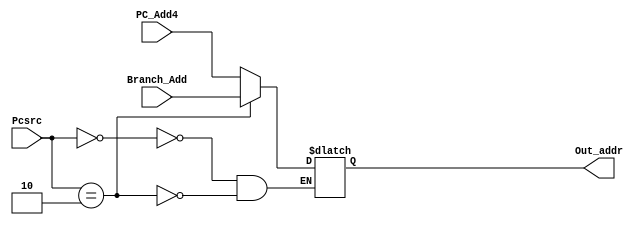
//module MUX4X32(Pcsrc, PC_Add4, Ext_addr, J_addr, Out_addr);
module MUX4X32(Pcsrc, PC_Add4, Branch_Add, Out_addr);
  input[1:0] Pcsrc;
  input[31:0] PC_Add4, Branch_Add;
  output reg [31:0] Out_addr;
  
  always @(*)begin
    case(Pcsrc)
      2'd0: Out_addr = PC_Add4;
      2'd2: Out_addr = Branch_Add;
      //2'd2: Out_addr = PC_Add4 + {Ext_addr << 2};
      //2'd3: Out_addr = J_addr;
    endcase
  end
  
endmodule